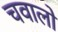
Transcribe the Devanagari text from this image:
चवालो